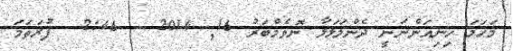
މަހަމަ ހިނިއަންނަނީ ދެންލަލަލާ ނޮވެމްބަރު 16